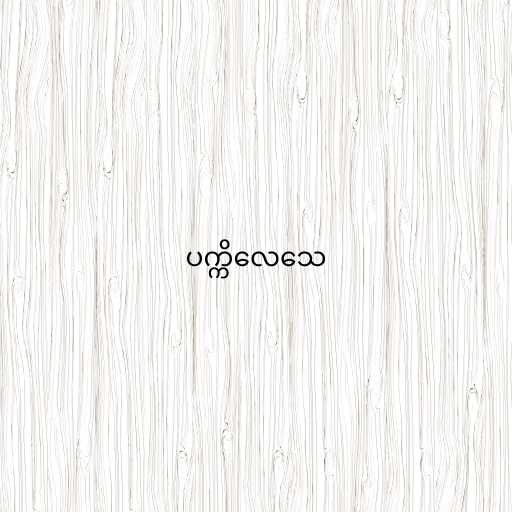
ပက္ကိလေသေ